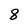
Character: 8